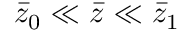
\Bar { z } _ { 0 } \ll \Bar { z } \ll \Bar { z } _ { 1 }